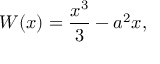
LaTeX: W ( x ) = \frac { x ^ { 3 } } { 3 } - a ^ { 2 } x ,